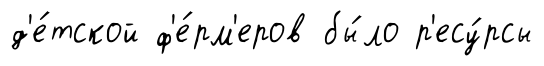
д'е́тской ф'е́рм'еров бы́ло р'есу́рсы